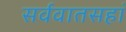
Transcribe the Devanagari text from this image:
सर्ववातसहां